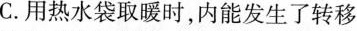
C.用热水袋取暖时，内能发生了转移